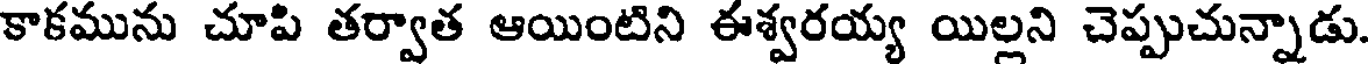
కాకమును చూపి తర్వాత ఆయింటిని ఈశ్వరయ్య యిల్లని చెప్పుచున్నాడు.